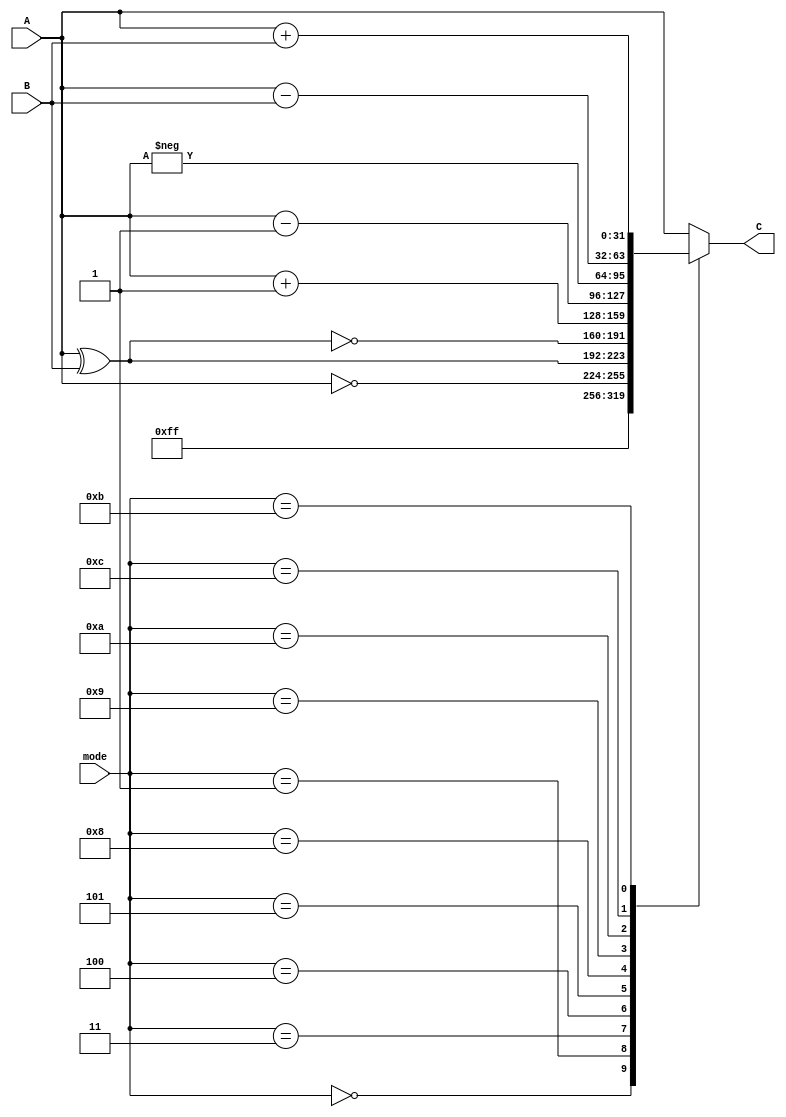
`timescale 1ns / 1ps
//////////////////////////////////////////////////////////////////////////////////
// Company: 
// Engineer: 
// 
// Project Name: CPU
// Additional Comments: just a simple ALU without any optimisation.
//
//////////////////////////////////////////////////////////////////////////////////
module alu(
    input wire [3:0] mode,
    input wire [31:0] A,
    input wire [31:0] B,
    output reg [31:0] C
    );
	 
localparam //functions
	 N = 8,
	 //logical
	 nulls = 4'b0000,
	 ones = 4'b0001,
	 no_f = 4'b0010,
	 not_f = 4'b0011,
	 xor_f = 4'b0100,
	 xnor_f = 4'b0101,
	 //arithmetic
	 incr_f = 4'b1000,
	 decr_f = 4'b1001,
	 compl_f = 4'b1010,
	 add_f = 4'b1011,
	 subtr_f = 4'b1100;
	 
	 
	 
	 always @ *
	 begin
		case(mode)
		nulls:
			C = {N{1'b0}};
			
		ones:
			C = {N{1'b1}};
			
		not_f:
			C = ~A;
			
		xor_f:
			C = A ^ B;
			
		xnor_f:
			C = ~(A ^ B);
		
		incr_f:
			C = A + 1;
			
		decr_f:
			C = A - 1;
			
		compl_f:
			C = -A;
		
		subtr_f:
			C = A - B;
			
		add_f:
			C = A + B;
			
		default:
			C = A;
			
		endcase
		
	 end


endmodule